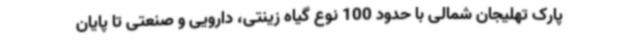
پارک تهلیجان شمالی با حدود 100 نوع گیاه زینتی، دارویی و صنعتی تا پایان